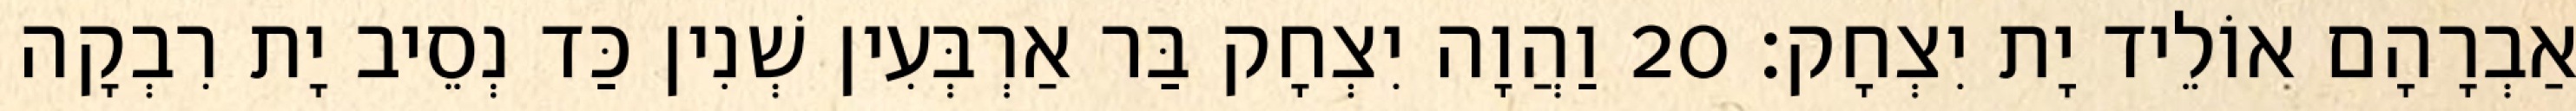
אַבְרָהָם אוֹלֵיד יָת יִצְחָק׃ 20 וַהֲוָה יִצְחָק בַּר אַרְבְּעִין שְׁנִין כַּד נְסֵיב יָת רִבְקָה